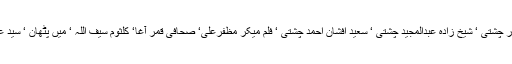
اس وفد میں سید معین حسین شیخ زادہ عبدالجرار چشتی ‘ شیخ زادہ عبدالمجید چشتی ‘ سعید افشان احمد چشتی ‘ فلم میکر مظفرعلی‘ صحافی قمر آغا‘ کلثوم سیف اللہ ‘ میں پٹھان ‘ سید عماد نظامی اور سراج الدین قریشی شامل تھے۔